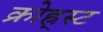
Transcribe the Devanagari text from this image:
क्रोह्र्स्ट